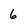
Character: 6